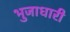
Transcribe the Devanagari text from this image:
भुजाधारी